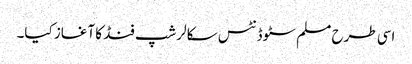
اسی طرح مسلم سٹوڈنٹس سکالرشپ فنڈ کا آغاز کیا۔